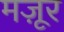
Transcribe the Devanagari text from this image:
मज़ूर